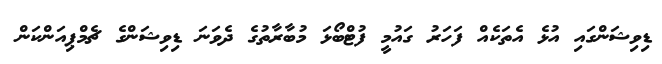
ޑިވިޝަންގައި އުޅެ އެތަކެއް ފަހަރު ގައުމީ ފުޓްބޯޅަ މުބާރާތުގެ ދެވަނަ ޑިވިޝަންގެ ޗެމްޕިއަންކަން